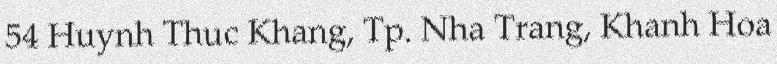
54 Huynh Thuc Khang, Tp. Nha Trang, Khanh Hoa